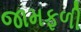
જામફળી